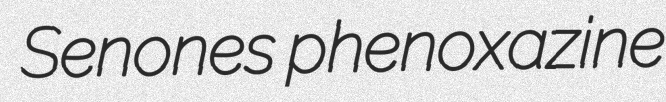
Senones phenoxazine